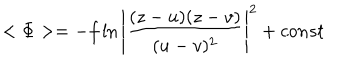
< \Phi > = - f \ln { \left| \frac { ( z - u ) ( z - v ) } { ( u - v ) ^ { 2 } } \right| ^ { 2 } } + c o n s t